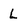
Character: L